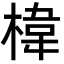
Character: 椲